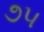
૭૫